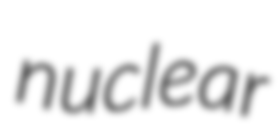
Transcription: nuclear